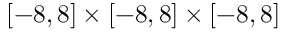
[ - 8 , 8 ] \times [ - 8 , 8 ] \times [ - 8 , 8 ]